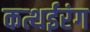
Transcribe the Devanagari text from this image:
कत्थईरंग